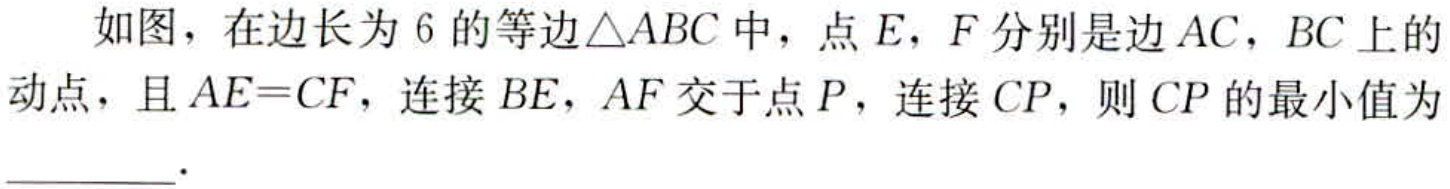
如图，在边长为$6$的等边$\triangle ABC$中，点$E$，$F$分别是边$AC$，$BC$上的动点，且$AE = CF$，连接$BE$，$AF$交于点$P$，连接$CP$，则$CP$的最小值为  ．